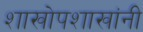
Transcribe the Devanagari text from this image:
शाखोपशाखांनी